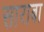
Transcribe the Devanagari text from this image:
साराबा